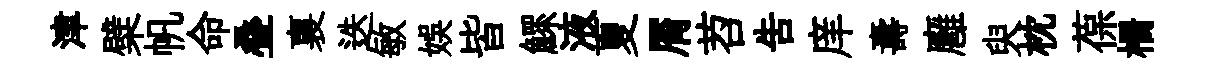
津檗帆命叠裏迭敏娱皆鰥液夏屑苕告庠夀廱臾枕葆栅